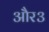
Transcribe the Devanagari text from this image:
और३